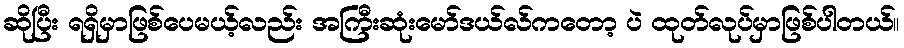
ဆိုပြီး ရရှိမှာဖြစ်ပေမယ့်လည်း အကြီးဆုံးမော်ဒယ်လ်ကတော့ ပဲ ထုတ်လုပ်မှာဖြစ်ပါတယ်။